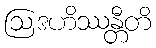
ဩဒဟိဿန္တီတိ